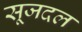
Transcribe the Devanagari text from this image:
सूजदल